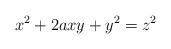
LaTeX: \begin{align*}x^2 + 2axy + y^2 = z^2\end{align*}